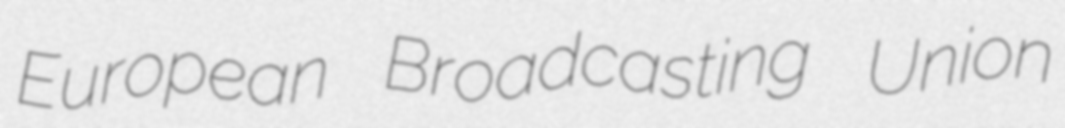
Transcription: European Broadcasting Union